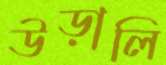
উড়ালি